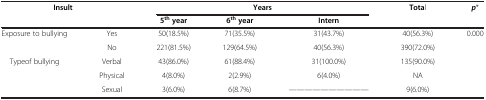
<table><thead><tr><td colspan="2"><b>Insult</b></td><td colspan="3"><b>Years</b></td><td><b>Total</b></td><td><b><i>p</i>*</b></td></tr><tr><td><b> </b></td><td><b> </b></td><td><b>5<sup>th </sup>year</b></td><td><b>6<sup>th </sup>year</b></td><td><b>Intern</b></td><td><b> </b></td><td><b> </b></td></tr></thead><tbody><tr><td>Exposure to bullying</td><td>Yes</td><td>50(18.5%)</td><td>71(35.5%)</td><td>31(43.7%)</td><td>40(56.3%)</td><td>0.000</td></tr><tr><td> </td><td>No</td><td>221(81.5%)</td><td>129(64.5%)</td><td>40(56.3%)</td><td>390(72.0%)</td><td> </td></tr><tr><td>Typeof bullying</td><td>Verbal</td><td>43(86.0%)</td><td>61(88.4%)</td><td>31(100.0%)</td><td>135(90.0%)</td><td> </td></tr><tr><td> </td><td>Physical</td><td>4(8.0%)</td><td>2(2.9%)</td><td>6(4.0%)</td><td>NA</td><td> </td></tr><tr><td> </td><td>Sexual</td><td>3(6.0%)</td><td>6(8.7%)</td><td>------------</td><td>9(6.0%)</td><td> </td></tr></tbody></table>